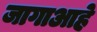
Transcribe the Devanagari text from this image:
जागाआहे